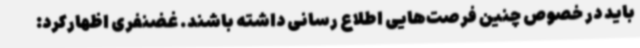
باید در خصوص چنین فرصت‌هایی اطلاع رسانی داشته باشند. غضنفری اظهارکرد: